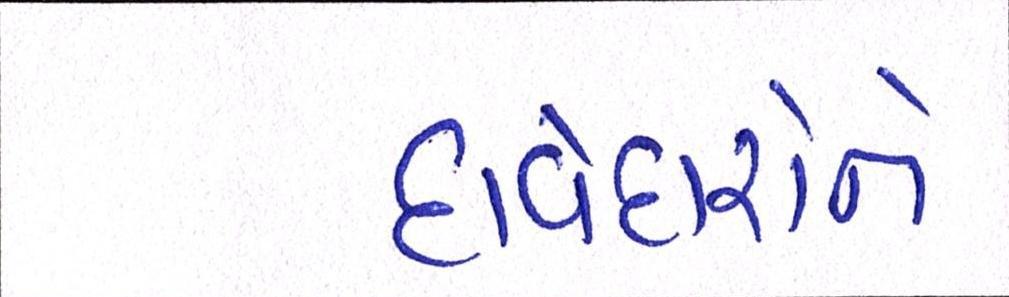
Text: દાવેદારોને